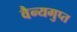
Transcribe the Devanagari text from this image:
वैन्यगुप्त